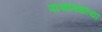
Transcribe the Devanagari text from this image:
पाचांमधल्या